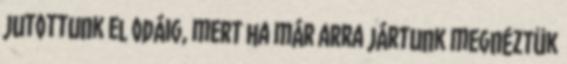
jutottunk el odáig, mert ha már arra jártunk megnéztük